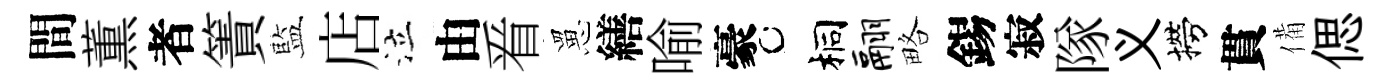
間薫者簀藍店泣由㸔罳繕喻豪桐翮略錫寂隊义撈貫備偲